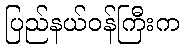
ပြည်နယ်ဝန်ကြီးက